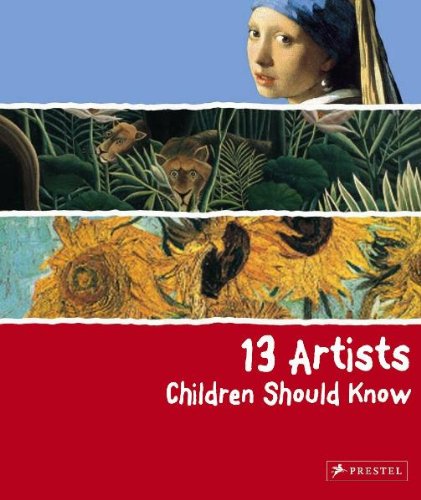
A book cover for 13 Artists Children Should Know; Angela Wenzel; Children's Books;